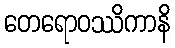
တေရောဝဿိကာနိ